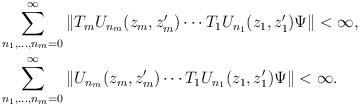
LaTeX: \begin{align*}& \sum _{ n_1 , ... , n_m = 0} ^\infty \| T_m U_{n_m}(z_m ,z_m') \cdots T_1 U_{n_1}(z_1 , z_1') \Psi \| < \infty , \\& \sum _{ n_1 , ... , n_m = 0} ^\infty \| U_{n_m}(z_m ,z_m') \cdots T_1 U_{n_1}(z_1 , z_1') \Psi \| < \infty . \end{align*}